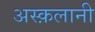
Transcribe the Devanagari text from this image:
अस्क़लानी